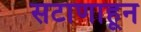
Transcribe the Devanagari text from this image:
सटाणाहून